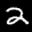
Label: 2